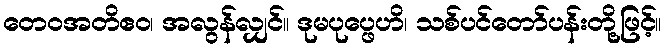
တေဝအတိဧဝ၊ အလွန်လျှင်။ ဒုမပုပ္ဖေဟိ၊ သစ်ပင်တော်ပန်းတို့ဖြင့်။